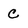
Character: c